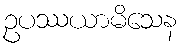
ဥပဿယာမိသေန